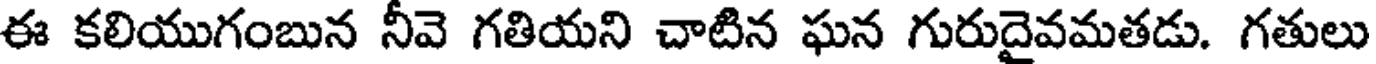
ఈ కలియుగంబున నీవె గతియని చాటిన ఘన గురుదైవమతడు. గతులు